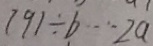
7 9 1 \div b \cdots 2 a